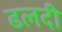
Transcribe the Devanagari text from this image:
ढलदी